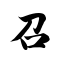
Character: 召